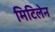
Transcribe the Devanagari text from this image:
मिटिलेन